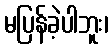
မပြန်ခဲ့ပါဘူး၊